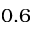
0 . 6